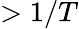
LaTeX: >1/T